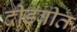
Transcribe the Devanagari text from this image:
दीडवीत